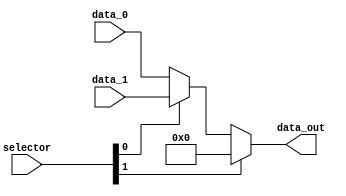
module mux_ALU1(

    input  wire [1:0] selector,
    input  wire [31:0] data_0,
    input  wire [31:0] data_1,
    output wire [31:0] data_out

);

/* 

  Data 0  - |
  Data 1  - |  out1 - - |
  0       - -    0  - - |- - - 
  
*/

wire [31:0] out1;

//00 data_0 ok
//01 data_1 ok
//10 32'd0 ok

assign out1 = (selector[0]) ? data_1 : data_0;
assign data_out = (selector[1]) ? 32'd0 : out1;

endmodule